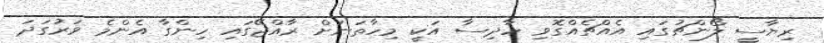
ރިޔާސީ ލޯންޗުގައި އެއްޗެއްގޮވި ހާދިސާ އަކީ މިހާތަނަށް ރާއްޖޭގައި ހިންގާ އެންމެ ވަރުގަދަ